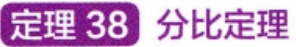
定理 38 分比定理